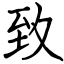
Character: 致